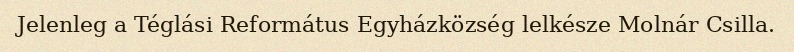
Jelenleg a Téglási Református Egyházközség lelkésze Molnár Csilla.